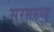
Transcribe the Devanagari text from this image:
सरससरयू